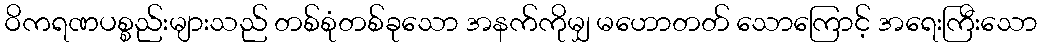
ဝိကရဏပစ္စည်းများသည် တစ်စုံတစ်ခုသော အနက်ကိုမျှ မဟောတတ် သောကြောင့် အရေးကြီးသော